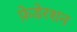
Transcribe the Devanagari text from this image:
फ़ेडेरशन